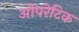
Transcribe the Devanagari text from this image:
ओपरेटिक